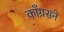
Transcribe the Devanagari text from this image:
काँग्रसने